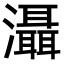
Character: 灄